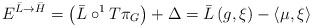
LaTeX: \begin{align*}E^{\bar{L}\rightarrow \bar{H}}=\left( \bar{L}\circ ^{1}T\pi_{G}\right) +\Delta =\bar{L}\left( g,\xi \right) -\left\langle \mu,\xi \right\rangle \end{align*}